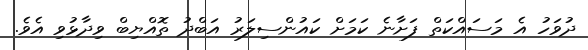
ދުވަހު އެ މަސައްކަތް ފަށާނެ ކަމަށް ކައުންސިލަރު އަބްދު ތޮއްޔިބް ވިދާޅުވި އެވެ.